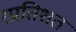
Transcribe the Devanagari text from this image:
१प्रतिशत